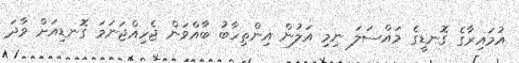
އުމައިރާގެ ގޮނޑީގެ މައްސަލަ ނިމި އަލުން އިންތިހާބު ބާއްވަން ޖެހިއްޖަނަމަ ގޮނޑިއަށް ވާދަ